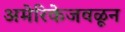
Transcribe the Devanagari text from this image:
अमेरिकेजवळून